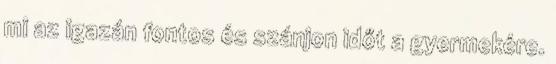
mi az igazán fontos és szánjon időt a gyermekére.